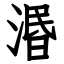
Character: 湣